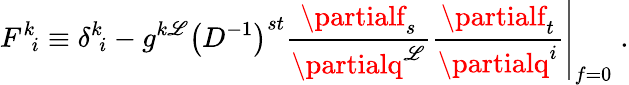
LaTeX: F^{k}\! _{i}\equiv\delta^{k}\! _{i}-g^{k\mathscr{L}}\left(D^{-1}\right)^{st}\frac{{\partialf_{s}}}{{\partialq^{\mathscr{L}}}}\left.\frac{{\partialf_{t}}}{{\partialq^{i}}}\right|_{f=0}\; .